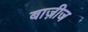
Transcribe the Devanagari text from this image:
बाज़ीज